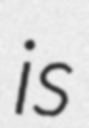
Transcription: is